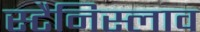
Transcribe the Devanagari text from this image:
स्टैनिस्लाव